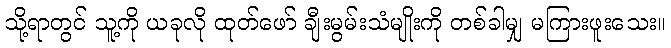
သို့ရာတွင် သူ့ကို ယခုလို ထုတ်ဖော် ချီးမွမ်းသံမျိုးကို တစ်ခါမျှ မကြားဖူးသေး။